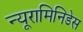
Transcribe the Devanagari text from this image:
न्यूरामिनिडेस